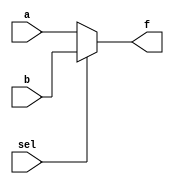
module Mux_gen(a,b,f,sel);
input a,b;
input sel;
output f;
assign f= (sel==0)?a:b;
endmodule